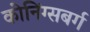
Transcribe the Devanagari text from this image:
कोनिंग्सबर्ग